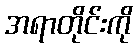
အရာတိုင်းကို